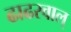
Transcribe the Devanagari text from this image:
ढाढरवाल्